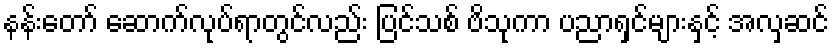
နန်းတော် ဆောက်လုပ်ရာတွင်လည်း ပြင်သစ် ဗိသုကာ ပညာရှင်များနှင့် အလှဆင်